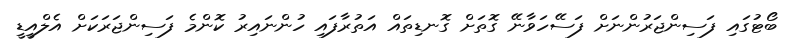
ބޯޓުގައި ފަސިންޖަރުންނަށް ފަސޭހަވާނޭ ގޮތަށް ގޮނޑިތައް އަތުރާފައި ހުންނައިރު ކޮންމެ ފަސިންޖަރަކަށް އެލްއީޑީ